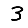
Digit: 3